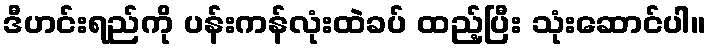
ဒီဟင်းရည်ကို ပန်းကန်လုံးထဲခပ် ထည့်ပြီး သုံးဆောင်ပါ။